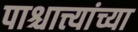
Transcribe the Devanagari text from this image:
पाश्चात्त्यांच्या